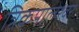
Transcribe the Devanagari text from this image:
त्रिकपालेश्वर